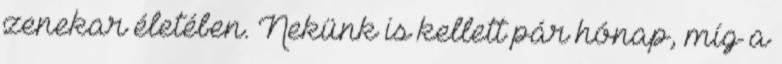
zenekar életében. Nekünk is kellett pár hónap, míg a